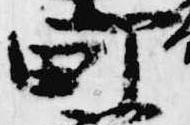
町